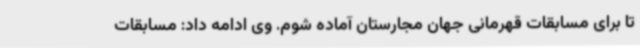
تا برای مسابقات قهرمانی جهان مجارستان آماده شوم. وی ادامه داد: مسابقات